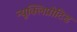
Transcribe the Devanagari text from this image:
न्यूक्लिप्रोटिड